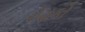
રોહકો